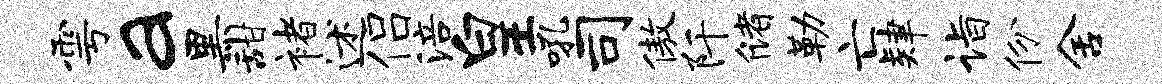
雩a黑甜褚述侣涪皇吼司傲阡储勒亡肄诣份舍